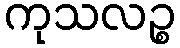
ကုသလဉ္စ